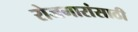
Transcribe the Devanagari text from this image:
रोजगारांसाठी